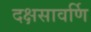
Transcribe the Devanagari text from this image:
दक्षसावर्णि